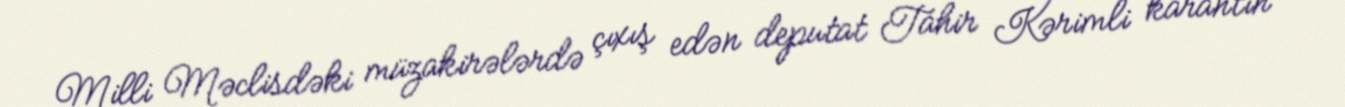
Milli Məclisdəki müzakirələrdə çıxış edən deputat Tahir Kərimli karantin